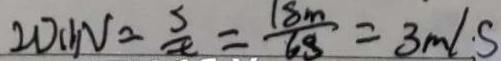
2 D ( 1 ) V = \frac { s } { t } = \frac { 1 8 m } { 6 s } = 3 m / s